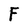
Character: F